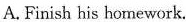
A. Finish his homework.